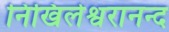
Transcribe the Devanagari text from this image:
निखिलेश्वरानन्द